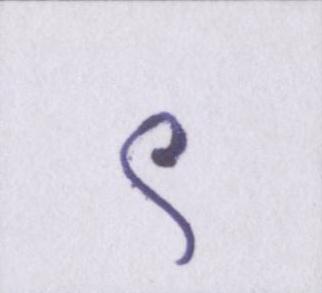
९